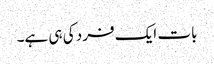
بات ایک فرد کی ہی ہے۔